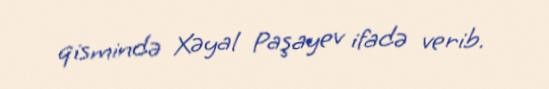
qismində Xəyal Paşayev ifadə verib.